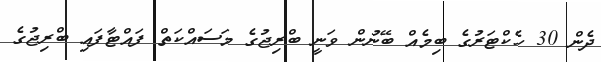
ދެން 30 ހެކްޓަރުގެ ބިމެއް ބޭނުން ވަނީ ބްރިޖުގެ މަސައްކަތް ފައްޓާފައި ބްރިޖުގެ